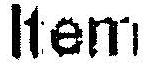
ITEM